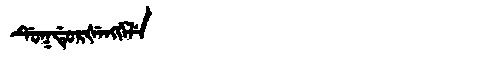
Manchu: ᡩᡠᡴᡩᡠᡵᡧᡝᠩᡤᡝᠯᡝ
Romanization: DUKDURŠENGGELE